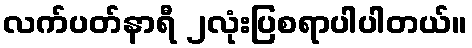
လက်ပတ်နာရီ ၂လုံးပြစရာပါပါတယ်။